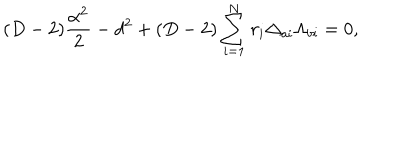
LaTeX: ( D - 2 ) { \frac { \alpha ^ { 2 } } { 2 } } - d ^ { 2 } + ( D - 2 ) \sum _ { i = 1 } ^ { N } r _ { i } \Delta _ { a i } \Lambda _ { b i } = 0 ,